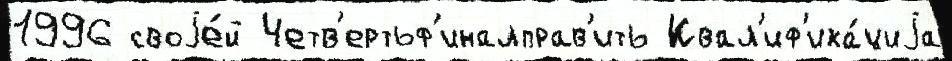
1996 своjе́й Четв'ертьф'иналправ'ить Квал'иф'ика́циjа